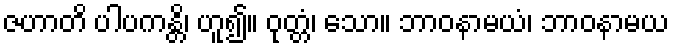
ဇဟာတိ ပါပကန္တိ၊ ဟူ၍။ ဝုတ္တံ၊ သော။ ဘာဝနာမယံ၊ ဘာဝနာမယ